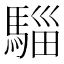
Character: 𮪌